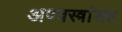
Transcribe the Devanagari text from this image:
अण्वस्त्रांसह